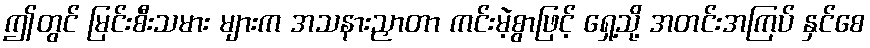
ဤတွင် မြင်းစီးသမား များက အသနားညှာတာ ကင်းမဲ့စွာဖြင့် ရှေ့သို့ အတင်းအကြပ် နှင်စေ